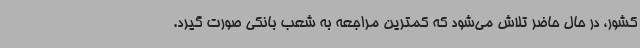
کشور، در حال حاضر تلاش می‌شود که کمترین مراجعه به شعب بانکی صورت گیرد.